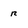
Character: r